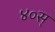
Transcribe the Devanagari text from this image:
४०स्